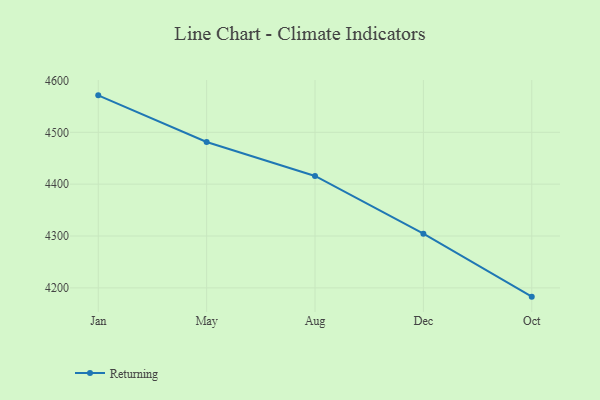
{"axis": {"x": "Month", "y": "Gross Profit (USD K)"}, "legend": ["Returning"], "data": [{"x": "Jan", "y": 4571.3, "type": "Returning"}, {"x": "May", "y": 4481.3, "type": "Returning"}, {"x": "Aug", "y": 4415.9, "type": "Returning"}, {"x": "Dec", "y": 4304.5, "type": "Returning"}, {"x": "Oct", "y": 4183.1, "type": "Returning"}]}